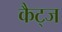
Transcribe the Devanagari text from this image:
कैट्ज